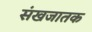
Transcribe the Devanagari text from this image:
संखजातक